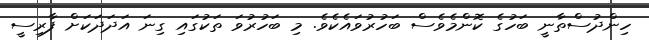
ހިންދުސްތާނީ ބަހުގެ ކޮންމެވެސް ބަހުރުވައެކެވެ. މި ބަހުރުވަ ތަކުގައި ގިނަ އަދަދަކަށް ފާރިސީ